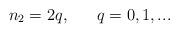
LaTeX: \begin{align*}n_{2} = 2 q, \ \ \ \ \ q = 0, 1, ...\end{align*}